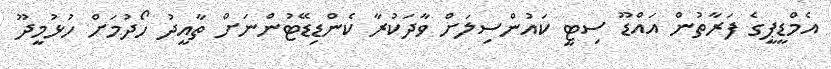
އެމްޑީޕީގެ ފަރާތުން އައްޑޫ ސިޓީ ކައުންސިލަށް ވާދަކުރާ ކެންޑިޑޭޓުންނަށް ތާއީދު ހޯދުމަށް ހުޅުމީދޫ